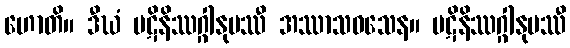
ဟောတိ။ ဒီဃံ ပဋိနိဿဂ္ဂါနုပဿီ အဿာသဝသေန။ ပဋိနိဿဂ္ဂါနုပဿီ